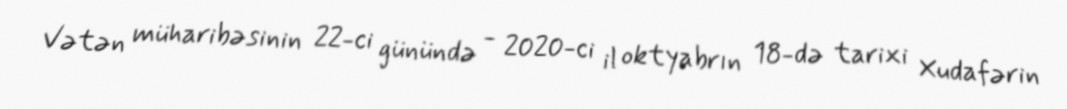
Vətən müharibəsinin 22-ci günündə - 2020-ci il oktyabrın 18-də tarixi Xudafərin